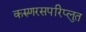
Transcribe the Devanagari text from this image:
करुणरसपरिप्लुत